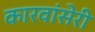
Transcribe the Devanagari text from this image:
कारवांसेरी